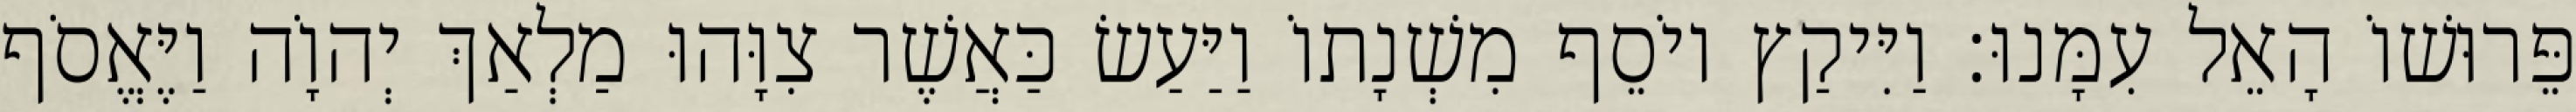
פֵּרוּשׁוֹ הָאֵל עִמָּנוּ׃ וַיִּיקַץ יוֹסֵף מִשְׁנָתוֹ וַיַּעַשׂ כַּאֲשֶׁר צִוָּהוּ מַלְאַךְ יְהוָֹה וַיֶּאֱסֹף